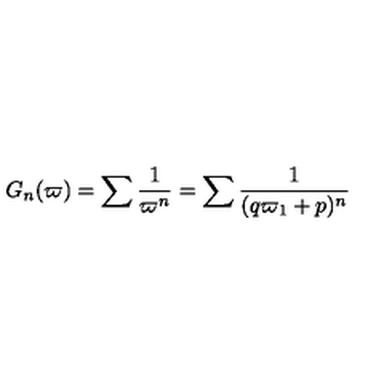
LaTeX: G _ { n } ( \varpi ) = \sum \frac { 1 } { \varpi ^ { n } } = \sum \frac { 1 } { ( q \varpi _ { 1 } + p ) ^ { n } }